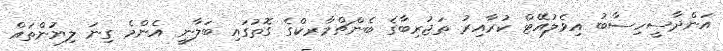
އަންދާސީހިސާބު އިވެލުއޭޓް ކުރާއިރު ތަޖުރިބާގެ ބެންޗްމާރކްގެ ގޮތުގައި ބަލާނީ އެންމެ ގިނަ ލިޔުންތައް